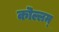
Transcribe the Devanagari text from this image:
कॊल्लम्